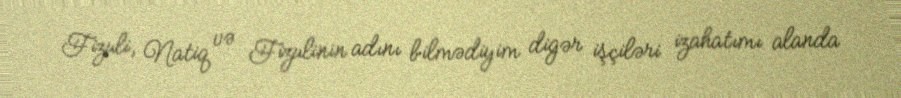
Fizuli, Natiq və Fizulinin adını bilmədiyim digər işçiləri izahatımı alanda